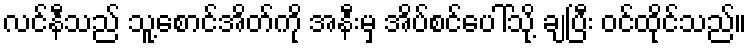
လင်နီသည် သူ့စောင်အိတ်ကို အနီးမှ အိပ်စင်ပေါ်သို့ ချပြီး ဝင်ထိုင်သည်။